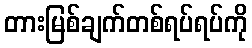
တားမြစ်ချက်တစ်ရပ်ရပ်ကို